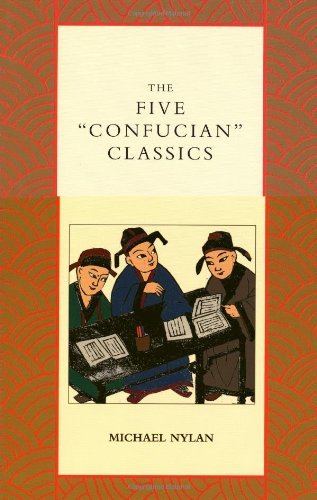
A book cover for Five ''Confucian'' Classics (01) by Nylan, Michael [Hardcover (2001)]; Nylan; Business & Money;